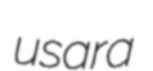
usara